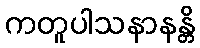
ကတူပါသနာနန္တိ